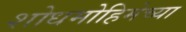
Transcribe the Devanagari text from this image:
शोधमोहिमेच्या